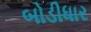
બોડીધાર